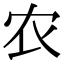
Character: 农